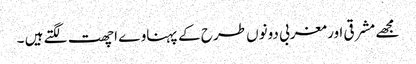
مجھے مشرقی اور مغربی دونوں طرح کے پہناوے اچھت لگتے ہیں ۔